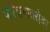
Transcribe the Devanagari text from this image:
परिश्रमाबरोबर